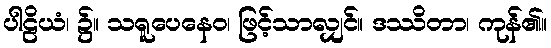
ပါဠိယံ၊ ၌။ သရူပေနေဝ၊ ဖြင့်သာလျှင်။ ဒဿိတာ၊ ကုန်၏။